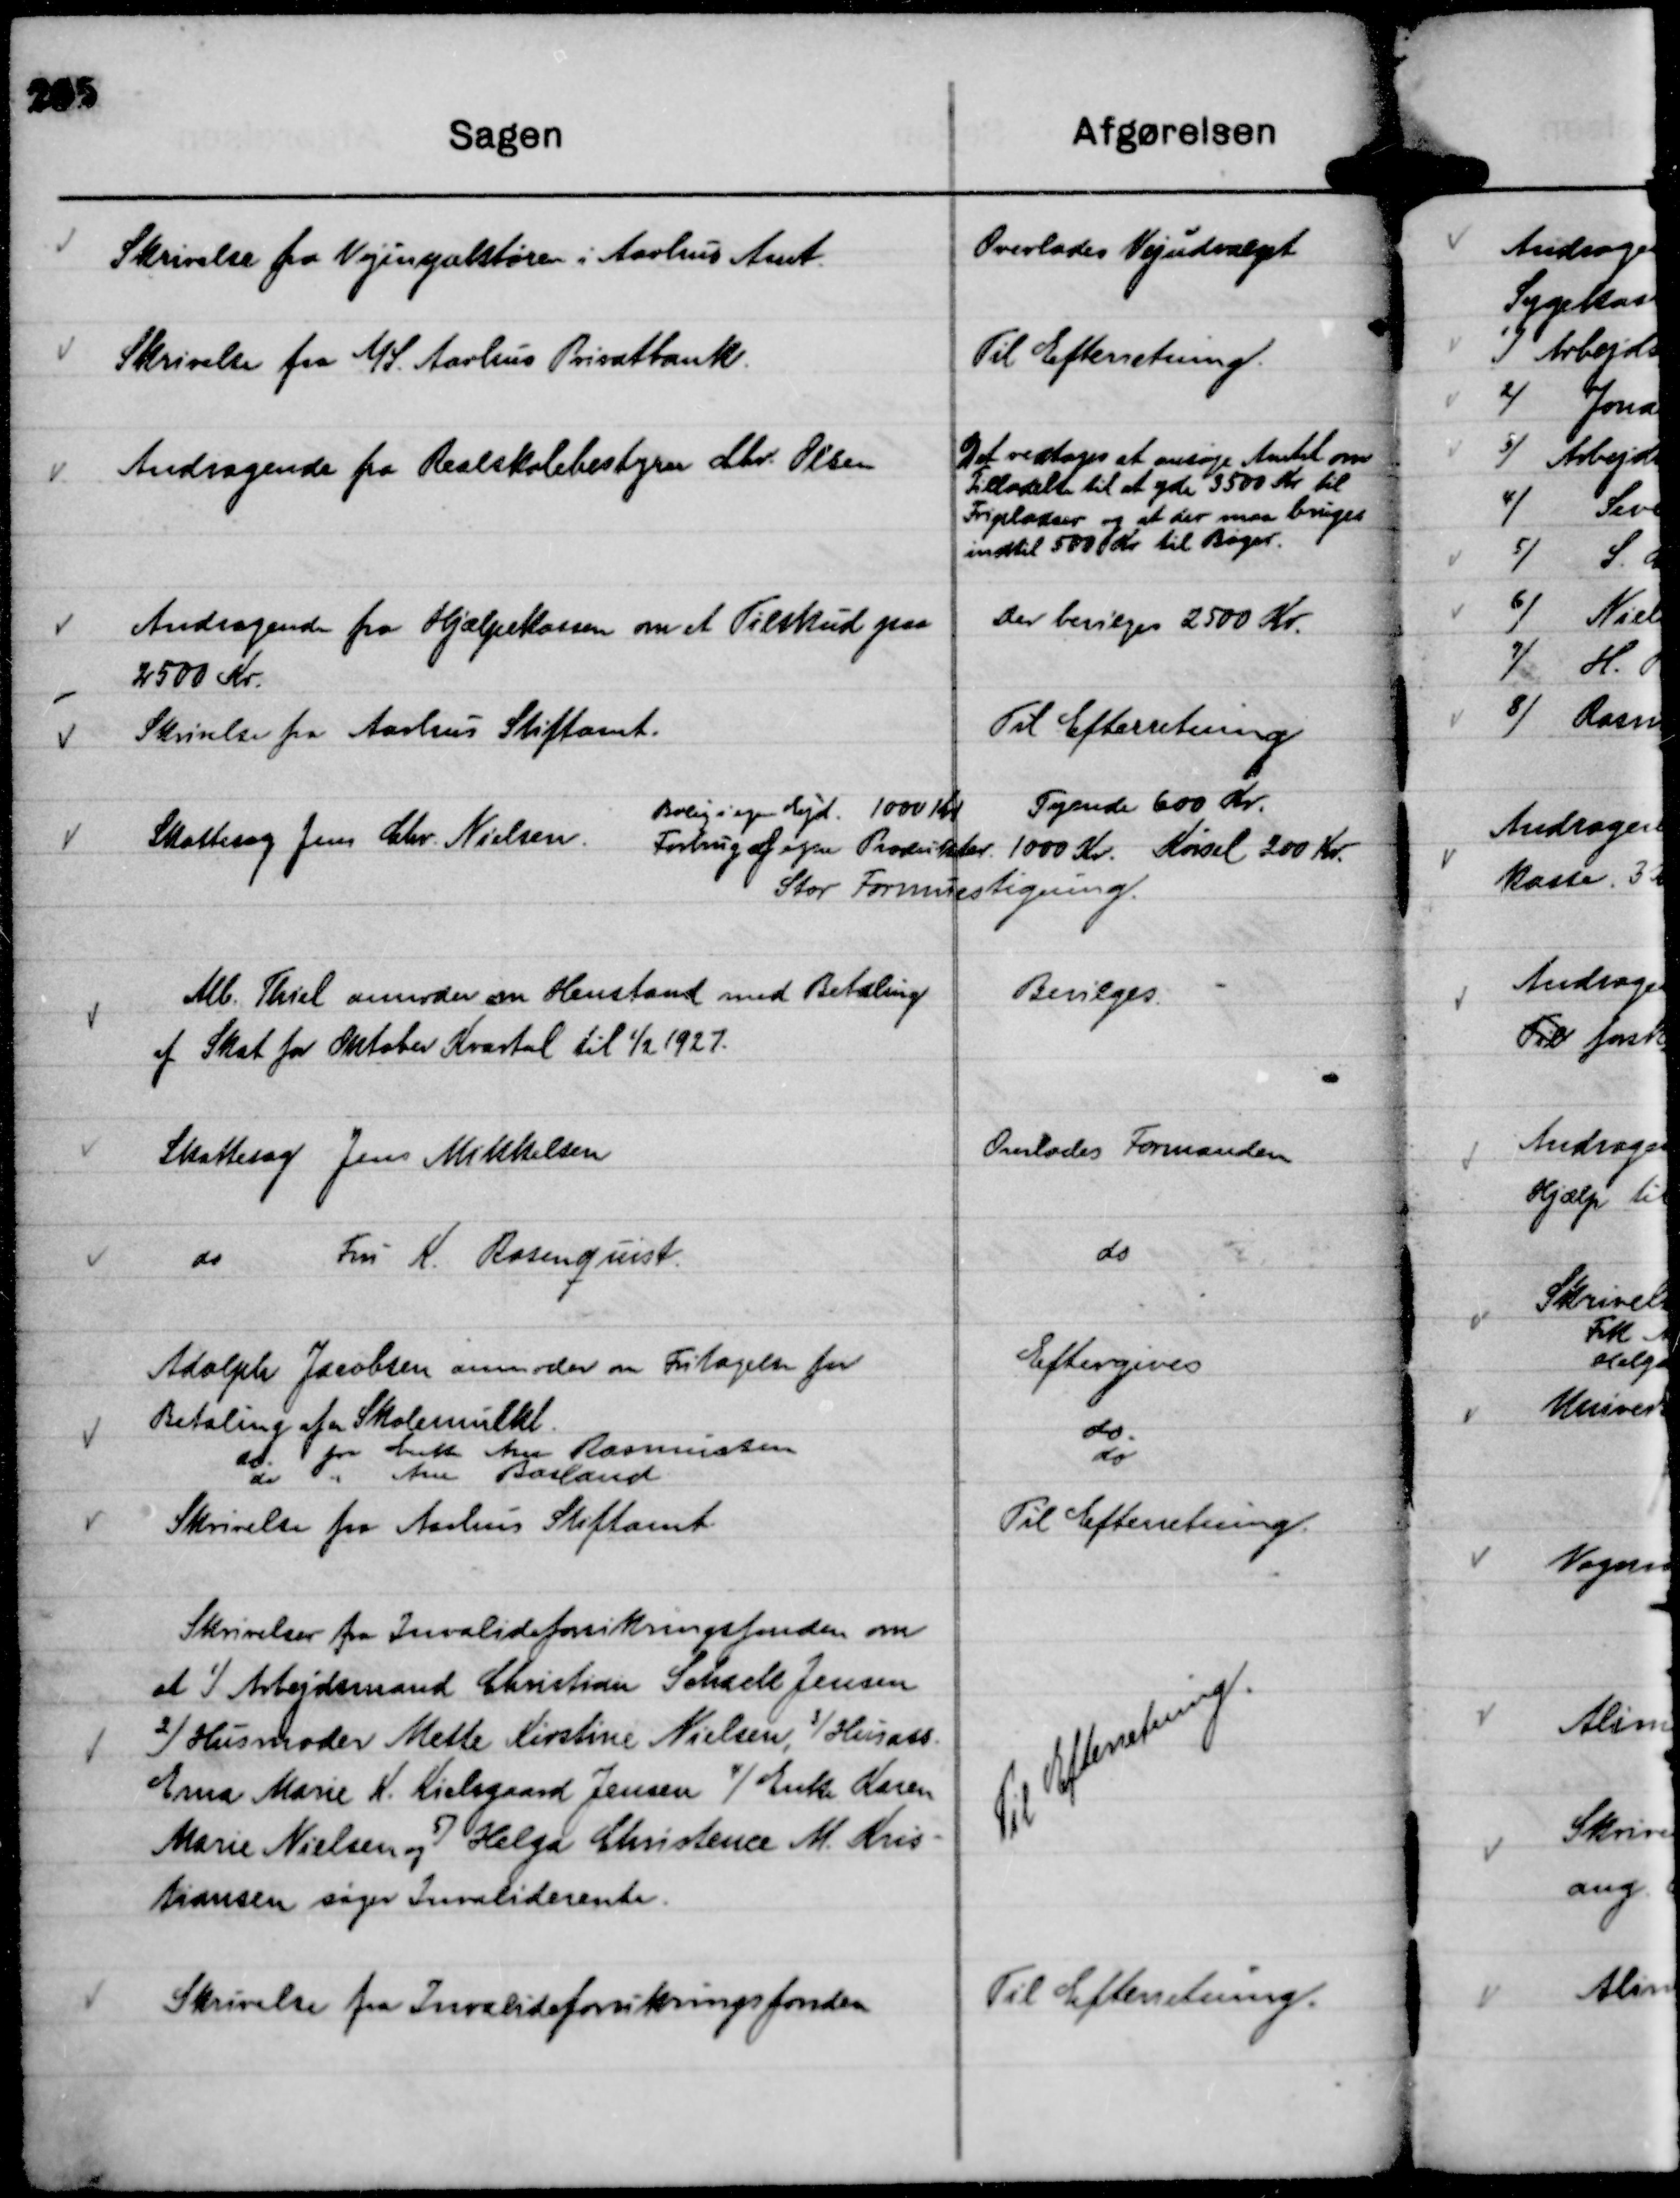
Transskription:
Skrivelse fra Vejinspektøren i Aarhus Amt.

Overlades Vejudvalget

Skrivelse fra A/S. Aarhus Privatbank.

Til Efterretning.

Andragende fra Realskolebestyrer Chr. Olsen

Det vedtoges at ansøge Amtet om
Tilladelse til at yde 3500 Kr til
Fripladser og at der maa bruges
indtil 500 Kr til Bøger.

Andragende fra Hjælpekassen om et Tilskud paa
2500 Kr.

Der bevilges 2500 Kr.

Skrivelse fra Aarhus Stiftamt.

Til Efterretning

Skattesag Jens Chr. Nielsen.

Bolig i egen Ejd. 1000 Kr Tyende 600 Kr.
Forbrug af egne Produkter 1000 Kr. Kørsel 200 Kr.
Stor Formuestigning.

Alb. Thiel anmoder om Henstand med Betaling
af Skat for Oktober Kvartal til 1/2 1927.

Bevilges.

Skattesag Jens Mikkelsen

Overlades Formanden

do
Fru K. Rosenquist.

do

Adolph Jacobsen anmoder om Fritagelse for
Betaling af en Skolemulkt.

Eftergives

do. fra Enke Ane Rasmussen

do.

do. " Ane Basland

do

Skrivelse fra Aarhus Stiftamt.

Til Efterretning.

Skrivelse fra Invalideforsikringsfonden om
at
1)
Arbejdsmand Christian Schack Jensen
2)
Husmoder Mette Kirstine Nielsen
3)
Husass.
Erna Marie K. Kielsgaard Jensen
4)
Enke Karen
Marie Nielsen og
5)
Helga Christence M. Kris-
tiansen søger Invaliderente.

Til Efterretning.

Skrivelse fra Invalideforsikringsfonden

Til Efterretning.